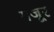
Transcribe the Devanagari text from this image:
गजूर